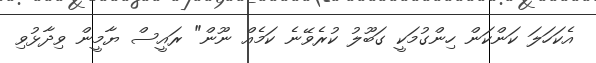
އެކަހަލަ ކަންކަން ހިންގުމަކީ ގަބޫލު ކުރެވޭނެ ކަމެއް ނޫން" ރައީސް ޔާމީން ވިދާޅުވި